Notes on vaccination in the North-West Frontier Province 1923-1928 - 1923-1928
Year: 1923
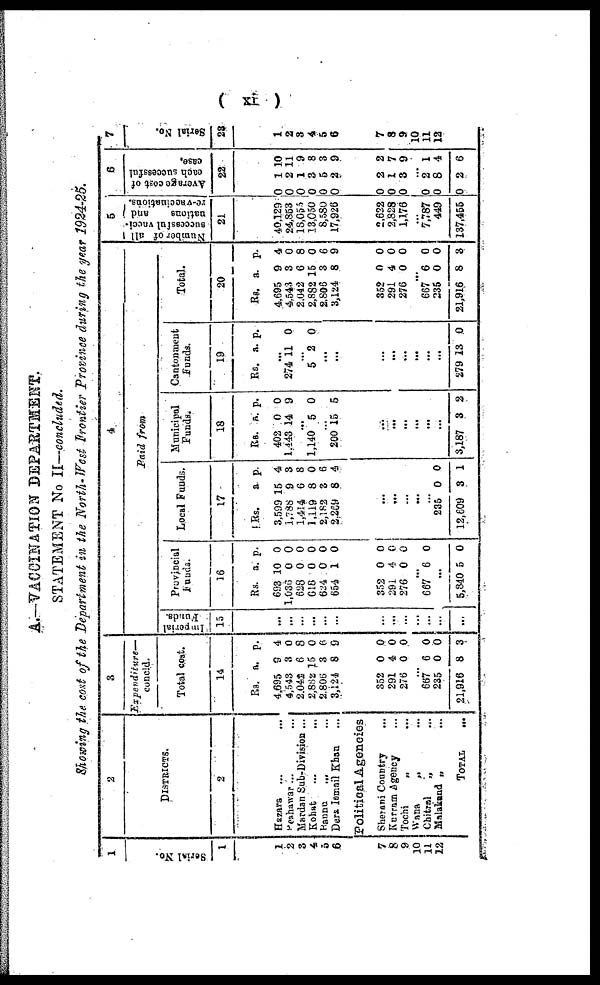
(
xi)
A.—VACCINATION DEPARTMENT.
STATEMENT No II—concluded.
Showing the cost of the Department in the North-West Frontier Province during the year 1924-25.
1
Serial No.
1
1
2
3
4
5
6
7
8
9
10
11
12
2
DISTRICTS.
2
Hazara ... ...
Peshawar ... ...
Mardan Sub-Division ...
Kohat ... ...
Bannu... ...
Dera Ismail Khan ...
Political Agencies
Sherani Country ...
Kurram agency ...
Tochi
„ ...
Wana
„ ...
Chitral„ ...
Malakand„
...
TOTAL
...
3
Expenditure—
concld.
Total cost.
14
Rs.
4,695
4,543
2,042
2,882
2,806
3,124
a.
9
3
6
15
3
8
p.
4
0
8
0
6
9
352
291
276
0
4
0
0
0
0
...
667
235
21,916
6
0
8
0
0
3
4
Paid from
Imperial
Funds.
15
...
...
...
...
...
...
...
...
...
...
...
...
...
Provincial
Funds.
16
Rs.
693
1,036
628
618
624
654
a.
10
0
0
0
0
1
p.
0
0
0
0
0
0
352
291
276
0
4
0
0
0
0
...
667 6 0
...
5,840 5 0
Local Funds.
17
Rs.
3,599
1,788
1,414
1,119
2,182
2,269
a.
15
9
6
8
3
8
p.
4
3
8
0
6
4
...
...
...
...
...
235
12,609
0
3
0
1
Municipal
Funds.
18
Rs.
402
1,443
a.
0
14
p.
0
9
...
1,140 5 0
...
200 15 5
...
...
...
...
...
...
3,187 3 2
Cantonment
Funds.
19
Rs. a. p.
...
274 11 0
...
5 2 0
...
...
...
...
...
...
...
...
279 13 0
Total.
20
Rs.
4,695
4,543
2,042
2,882
2,806
3,124
a.
9
3
6
15
3
8
p.
4
0
8
0
6
9
352
291
276
0
4
0
0
0
0
...
667
235
21,916
6
0
8
0
0
3
5
Number of all
successful vacci-
nations
and
re-vaccinations.
21
40,129
24,853
18,055
13,050
8,580
17,926
2,622
2,828
1,176
...
7,787
449
137,455
6
Average cost of
each successful
case.
22
0
0
0
0
0
0
1
2
1
3
5
2
10
11
9
8
3
9
0
0
0
2
1
3
2
7
9
...
0
0
0
2
8
2
1
4
6
7
Serial No.
23
1
2
3
4
5
6
7
8
9
10
11
12